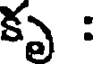
కృ :